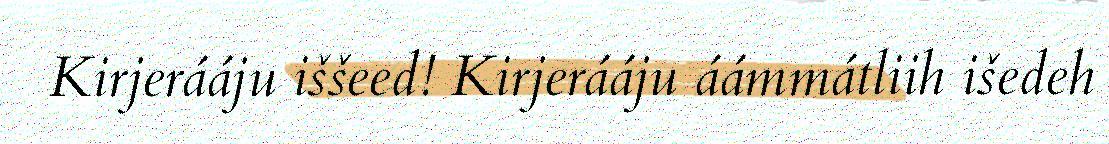
Kirjerááju iššeed! Kirjerááju áámmátliih išedeh